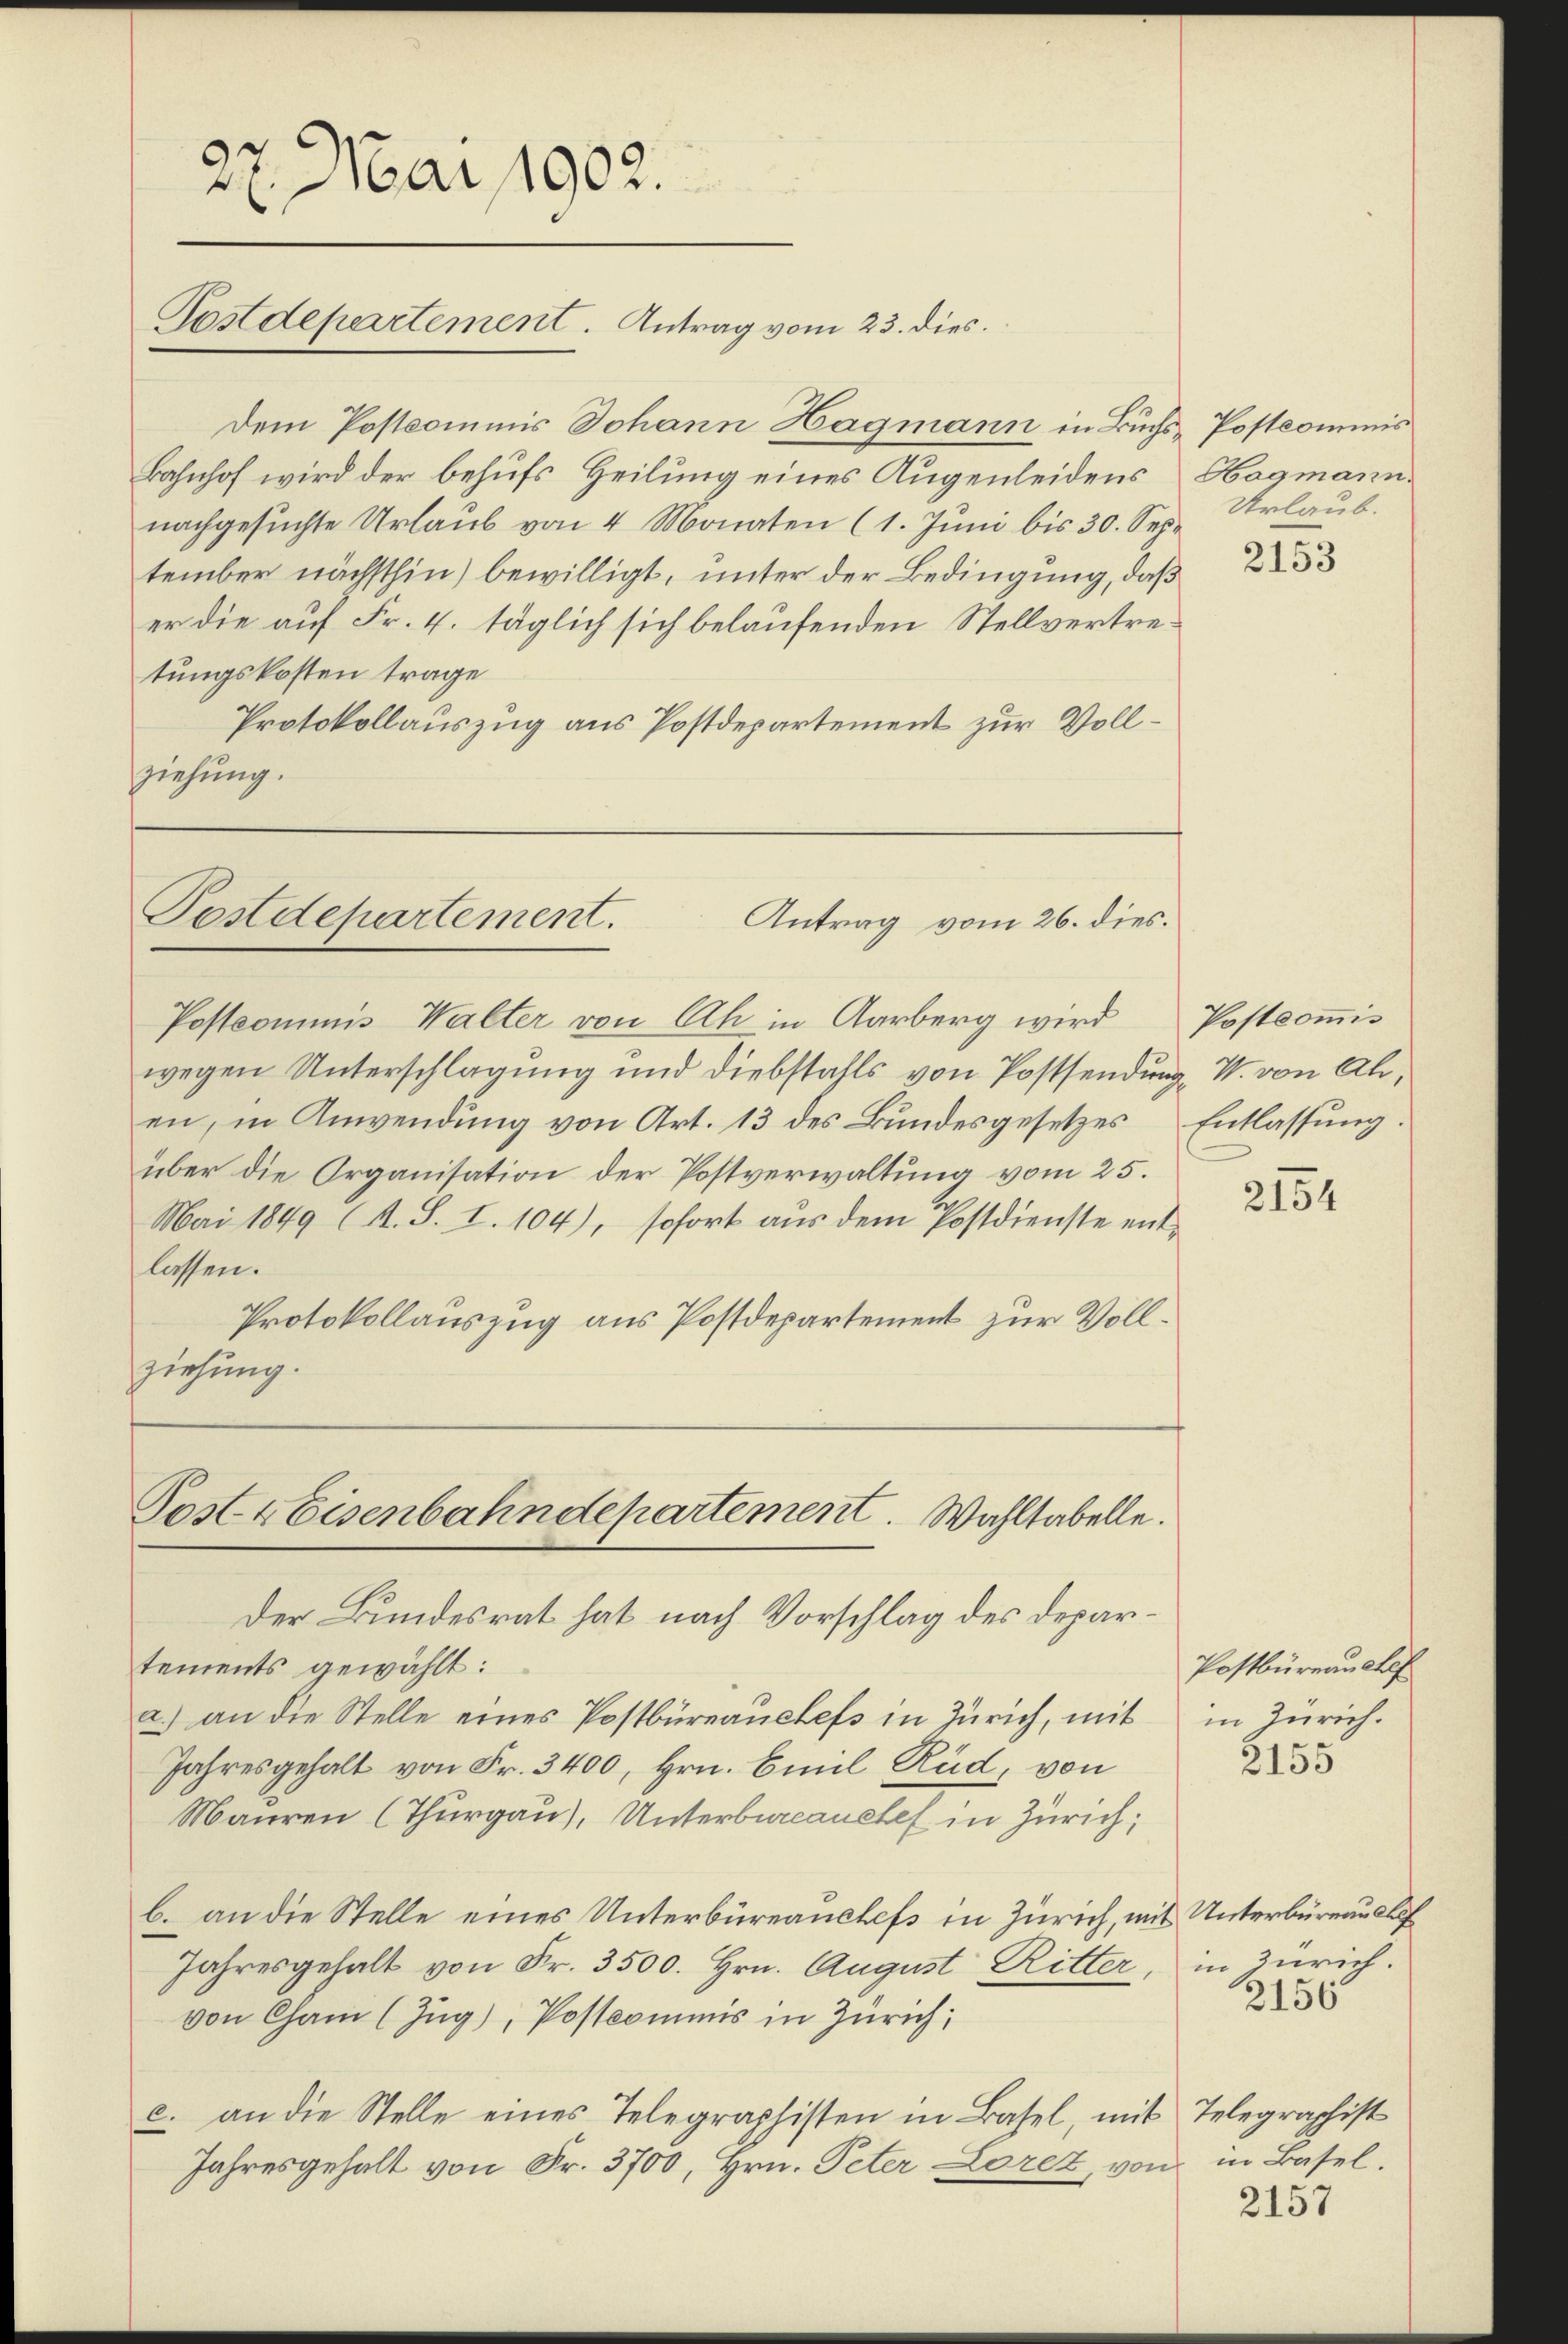
Dem Postcommis Johann Hagmann in Buchs Postcommis
Bahnhof wird der behufs Heilung eines Augenleidens Hagmannnachgesuchte Urlaub von 4 Monaten (1. Juni bis 30. September nächsthin) bewilligt, unter der Bedingung, daß
er die auf Fr. 4. täglich sich belaufenden Stellvertretungskosten trage
Protokollauszug aus Postdepartement zur Vollziehung.

27. Mar 1902.
Postdeperrtement. Antrag vom 23. dies.

Festdepartement.
Antrag vom 26. dies.

Postcommis Walter von Ah in Aarberg wird
wegen Unterschlagung und Diebstahls von Postsendung W. von Alen, in Anwendung von Art. 13 des Bundesgesetzes Entlassung:
über die Organisation der Postverwaltung vom 25.
Mai 1849 (s. S. I. 104), sofort aus dem Postdienste entlassen.
Protokollauszug aus Postdepartement zur Vollziehung.

Postr Eisenbahndepartement. Wahltabelle.
Der Bundesrat hat nach Vorschlag des Depar¬

tements gewählt:
a.) an die Stelle eines Postbüreauehefs in Zürich, mit
Jahresgehalt von Fr. 3400, Hrn. Emil Rüd, von
Mauren (Thurgau), Unterbureauetel in Zürich,
b. an die Stelle eines Unterbüreauchefs in Zürich, mit Unterbüreau auf
Jahresgehalt von Fr. 3500. Hrn. August Ritter,
von Cham (Zŭg), Postcommis in Zürich;
c. an die Stelle eines Telegraphisten in Basel, mit Telegraphist
Jahresgehalt von Fr. 3700, Hrn. Peter Loret, von

Urlaub.

2153

Postkommis

2154

Postbüreau chef
in Zürich.

2155

in Zürich.
3156

in Basel.

2157